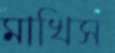
মাখিস